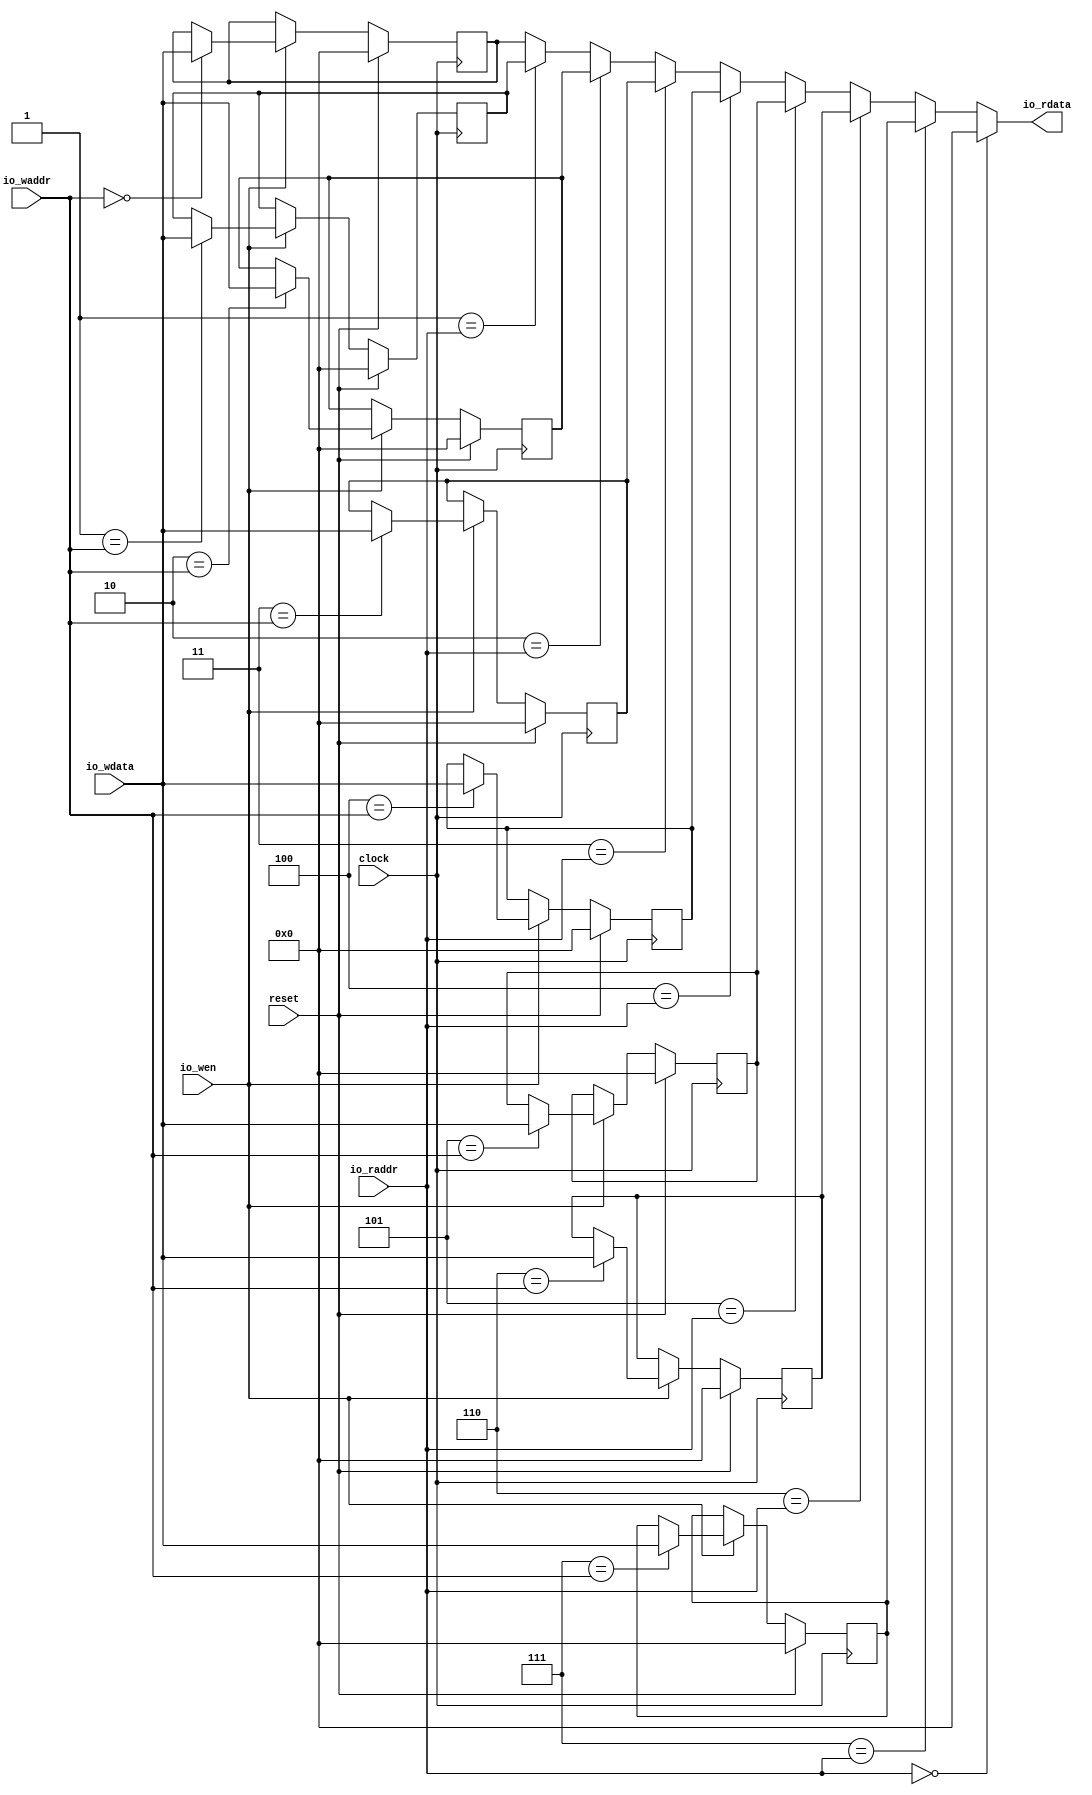
module RegisterFile(
  input        clock,
  input        reset,
  input        io_wen,
  input  [2:0] io_waddr,
  input  [7:0] io_wdata,
  input  [2:0] io_raddr,
  output [7:0] io_rdata
);
`ifdef RANDOMIZE_REG_INIT
  reg [31:0] _RAND_0;
  reg [31:0] _RAND_1;
  reg [31:0] _RAND_2;
  reg [31:0] _RAND_3;
  reg [31:0] _RAND_4;
  reg [31:0] _RAND_5;
  reg [31:0] _RAND_6;
  reg [31:0] _RAND_7;
`endif // RANDOMIZE_REG_INIT
  reg [7:0] reg_0; // @[RegisterFile.scala 18:20]
  reg [7:0] reg_1; // @[RegisterFile.scala 18:20]
  reg [7:0] reg_2; // @[RegisterFile.scala 18:20]
  reg [7:0] reg_3; // @[RegisterFile.scala 18:20]
  reg [7:0] reg_4; // @[RegisterFile.scala 18:20]
  reg [7:0] reg_5; // @[RegisterFile.scala 18:20]
  reg [7:0] reg_6; // @[RegisterFile.scala 18:20]
  reg [7:0] reg_7; // @[RegisterFile.scala 18:20]
  wire  _T_1 = io_raddr == 3'h0; // @[RegisterFile.scala 23:19]
  wire [7:0] _GEN_17 = 3'h1 == io_raddr ? reg_1 : reg_0; // @[RegisterFile.scala 26:16]
  wire [7:0] _GEN_18 = 3'h2 == io_raddr ? reg_2 : _GEN_17; // @[RegisterFile.scala 26:16]
  wire [7:0] _GEN_19 = 3'h3 == io_raddr ? reg_3 : _GEN_18; // @[RegisterFile.scala 26:16]
  wire [7:0] _GEN_20 = 3'h4 == io_raddr ? reg_4 : _GEN_19; // @[RegisterFile.scala 26:16]
  wire [7:0] _GEN_21 = 3'h5 == io_raddr ? reg_5 : _GEN_20; // @[RegisterFile.scala 26:16]
  wire [7:0] _GEN_22 = 3'h6 == io_raddr ? reg_6 : _GEN_21; // @[RegisterFile.scala 26:16]
  wire [7:0] _GEN_23 = 3'h7 == io_raddr ? reg_7 : _GEN_22; // @[RegisterFile.scala 26:16]
  assign io_rdata = _T_1 ? 8'h0 : _GEN_23; // @[RegisterFile.scala 24:16 RegisterFile.scala 26:16]
`ifdef RANDOMIZE_GARBAGE_ASSIGN
`define RANDOMIZE
`endif
`ifdef RANDOMIZE_INVALID_ASSIGN
`define RANDOMIZE
`endif
`ifdef RANDOMIZE_REG_INIT
`define RANDOMIZE
`endif
`ifdef RANDOMIZE_MEM_INIT
`define RANDOMIZE
`endif
`ifndef RANDOM
`define RANDOM $random
`endif
`ifdef RANDOMIZE_MEM_INIT
  integer initvar;
`endif
`ifndef SYNTHESIS
`ifdef FIRRTL_BEFORE_INITIAL
`FIRRTL_BEFORE_INITIAL
`endif
initial begin
  `ifdef RANDOMIZE
    `ifdef INIT_RANDOM
      `INIT_RANDOM
    `endif
    `ifndef VERILATOR
      `ifdef RANDOMIZE_DELAY
        #`RANDOMIZE_DELAY begin end
      `else
        #0.002 begin end
      `endif
    `endif
`ifdef RANDOMIZE_REG_INIT
  _RAND_0 = {1{`RANDOM}};
  reg_0 = _RAND_0[7:0];
  _RAND_1 = {1{`RANDOM}};
  reg_1 = _RAND_1[7:0];
  _RAND_2 = {1{`RANDOM}};
  reg_2 = _RAND_2[7:0];
  _RAND_3 = {1{`RANDOM}};
  reg_3 = _RAND_3[7:0];
  _RAND_4 = {1{`RANDOM}};
  reg_4 = _RAND_4[7:0];
  _RAND_5 = {1{`RANDOM}};
  reg_5 = _RAND_5[7:0];
  _RAND_6 = {1{`RANDOM}};
  reg_6 = _RAND_6[7:0];
  _RAND_7 = {1{`RANDOM}};
  reg_7 = _RAND_7[7:0];
`endif // RANDOMIZE_REG_INIT
  `endif // RANDOMIZE
end // initial
`ifdef FIRRTL_AFTER_INITIAL
`FIRRTL_AFTER_INITIAL
`endif
`endif // SYNTHESIS
  always @(posedge clock) begin
    if (reset) begin
      reg_0 <= 8'h0;
    end else if (io_wen) begin
      if (3'h0 == io_waddr) begin
        reg_0 <= io_wdata;
      end
    end
    if (reset) begin
      reg_1 <= 8'h0;
    end else if (io_wen) begin
      if (3'h1 == io_waddr) begin
        reg_1 <= io_wdata;
      end
    end
    if (reset) begin
      reg_2 <= 8'h0;
    end else if (io_wen) begin
      if (3'h2 == io_waddr) begin
        reg_2 <= io_wdata;
      end
    end
    if (reset) begin
      reg_3 <= 8'h0;
    end else if (io_wen) begin
      if (3'h3 == io_waddr) begin
        reg_3 <= io_wdata;
      end
    end
    if (reset) begin
      reg_4 <= 8'h0;
    end else if (io_wen) begin
      if (3'h4 == io_waddr) begin
        reg_4 <= io_wdata;
      end
    end
    if (reset) begin
      reg_5 <= 8'h0;
    end else if (io_wen) begin
      if (3'h5 == io_waddr) begin
        reg_5 <= io_wdata;
      end
    end
    if (reset) begin
      reg_6 <= 8'h0;
    end else if (io_wen) begin
      if (3'h6 == io_waddr) begin
        reg_6 <= io_wdata;
      end
    end
    if (reset) begin
      reg_7 <= 8'h0;
    end else if (io_wen) begin
      if (3'h7 == io_waddr) begin
        reg_7 <= io_wdata;
      end
    end
  end
endmodule
module send_flit(
  input        clock,
  input        reset,
  output       io_send_msg,
  output [7:0] io_send_pkg,
  output       io_send_tail,
  input        io_send_ack,
  input  [2:0] io_waddr,
  input  [7:0] io_wdata,
  input        io_wen,
  input  [1:0] io_din_dest_pe,
  input  [2:0] io_din_reg_start_addr,
  input  [2:0] io_din_data_length
);
`ifdef RANDOMIZE_REG_INIT
  reg [31:0] _RAND_0;
  reg [31:0] _RAND_1;
  reg [31:0] _RAND_2;
`endif // RANDOMIZE_REG_INIT
  wire  Reg_files_clock; // @[send_flit.scala 27:26]
  wire  Reg_files_reset; // @[send_flit.scala 27:26]
  wire  Reg_files_io_wen; // @[send_flit.scala 27:26]
  wire [2:0] Reg_files_io_waddr; // @[send_flit.scala 27:26]
  wire [7:0] Reg_files_io_wdata; // @[send_flit.scala 27:26]
  wire [2:0] Reg_files_io_raddr; // @[send_flit.scala 27:26]
  wire [7:0] Reg_files_io_rdata; // @[send_flit.scala 27:26]
  reg [2:0] Pkg_Cnt_Reg; // @[send_flit.scala 23:28]
  reg [7:0] filt; // @[send_flit.scala 34:21]
  reg [7:0] tmp_rdata; // @[send_flit.scala 37:26]
  wire [2:0] _T_1 = io_din_data_length + 3'h1; // @[send_flit.scala 41:57]
  wire  _T_2 = Pkg_Cnt_Reg == _T_1; // @[send_flit.scala 41:33]
  wire  _T_3 = Pkg_Cnt_Reg == 3'h1; // @[send_flit.scala 41:104]
  wire [2:0] _T_6 = _T_3 ? io_din_reg_start_addr : 3'h1; // @[send_flit.scala 41:91]
  wire  _T_7 = Pkg_Cnt_Reg == 3'h0; // @[send_flit.scala 46:22]
  wire [7:0] _T_9 = {io_din_dest_pe,io_din_reg_start_addr,io_din_data_length}; // @[Cat.scala 29:58]
  wire [2:0] _T_11 = Pkg_Cnt_Reg + 3'h1; // @[send_flit.scala 49:34]
  wire  _GEN_7 = _T_7 ? 1'h0 : _T_2; // @[send_flit.scala 46:30]
  wire [7:0] _GEN_9 = Reg_files_io_rdata; // @[send_flit.scala 43:20]
  RegisterFile Reg_files ( // @[send_flit.scala 27:26]
    .clock(Reg_files_clock),
    .reset(Reg_files_reset),
    .io_wen(Reg_files_io_wen),
    .io_waddr(Reg_files_io_waddr),
    .io_wdata(Reg_files_io_wdata),
    .io_raddr(Reg_files_io_raddr),
    .io_rdata(Reg_files_io_rdata)
  );
  assign io_send_msg = io_send_ack; // @[send_flit.scala 48:19 send_flit.scala 53:19 send_flit.scala 58:19 send_flit.scala 65:17]
  assign io_send_pkg = filt; // @[send_flit.scala 38:15]
  assign io_send_tail = io_send_ack & _GEN_7; // @[send_flit.scala 50:20 send_flit.scala 54:20 send_flit.scala 60:20 send_flit.scala 66:18]
  assign Reg_files_clock = clock;
  assign Reg_files_reset = reset;
  assign Reg_files_io_wen = io_wen; // @[send_flit.scala 31:20]
  assign Reg_files_io_waddr = io_waddr; // @[send_flit.scala 29:22]
  assign Reg_files_io_wdata = io_wdata; // @[send_flit.scala 30:22]
  assign Reg_files_io_raddr = _T_2 ? io_din_reg_start_addr : _T_6; // @[send_flit.scala 44:24 send_flit.scala 63:24]
`ifdef RANDOMIZE_GARBAGE_ASSIGN
`define RANDOMIZE
`endif
`ifdef RANDOMIZE_INVALID_ASSIGN
`define RANDOMIZE
`endif
`ifdef RANDOMIZE_REG_INIT
`define RANDOMIZE
`endif
`ifdef RANDOMIZE_MEM_INIT
`define RANDOMIZE
`endif
`ifndef RANDOM
`define RANDOM $random
`endif
`ifdef RANDOMIZE_MEM_INIT
  integer initvar;
`endif
`ifndef SYNTHESIS
`ifdef FIRRTL_BEFORE_INITIAL
`FIRRTL_BEFORE_INITIAL
`endif
initial begin
  `ifdef RANDOMIZE
    `ifdef INIT_RANDOM
      `INIT_RANDOM
    `endif
    `ifndef VERILATOR
      `ifdef RANDOMIZE_DELAY
        #`RANDOMIZE_DELAY begin end
      `else
        #0.002 begin end
      `endif
    `endif
`ifdef RANDOMIZE_REG_INIT
  _RAND_0 = {1{`RANDOM}};
  Pkg_Cnt_Reg = _RAND_0[2:0];
  _RAND_1 = {1{`RANDOM}};
  filt = _RAND_1[7:0];
  _RAND_2 = {1{`RANDOM}};
  tmp_rdata = _RAND_2[7:0];
`endif // RANDOMIZE_REG_INIT
  `endif // RANDOMIZE
end // initial
`ifdef FIRRTL_AFTER_INITIAL
`FIRRTL_AFTER_INITIAL
`endif
`endif // SYNTHESIS
  always @(posedge clock) begin
    if (reset) begin
      Pkg_Cnt_Reg <= 3'h0;
    end else if (io_send_ack) begin
      if (_T_7) begin
        Pkg_Cnt_Reg <= _T_11;
      end else if (_T_2) begin
        Pkg_Cnt_Reg <= 3'h0;
      end else begin
        Pkg_Cnt_Reg <= _T_11;
      end
    end
    if (reset) begin
      filt <= 8'h0;
    end else if (io_send_ack) begin
      if (_T_7) begin
        filt <= _T_9;
      end else begin
        filt <= tmp_rdata;
      end
    end else begin
      filt <= 8'h0;
    end
    if (reset) begin
      tmp_rdata <= 8'h0;
    end else begin
      tmp_rdata <= _GEN_9;
    end
  end
endmodule